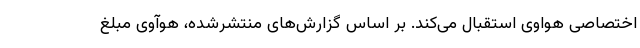
اختصاصی هواوی استقبال می‌کند. بر اساس گزارش‌های منتشرشده، هوآوی مبلغ